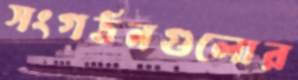
সংগঠনগুলোর